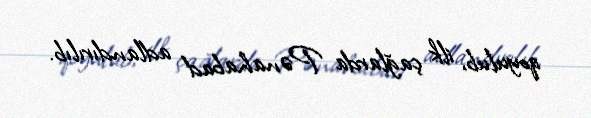
qoyulub, ilk çağlarda Pənahabad adlandırılıb.